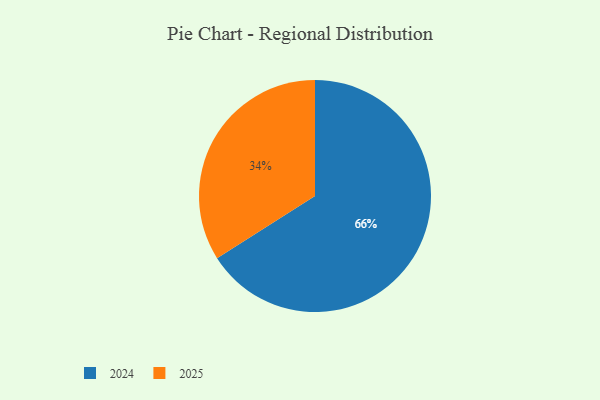
{"axis": {"x": "Category", "y": "Percentage"}, "legend": ["2024", "2025"], "data": [{"x": "2025", "y": 34, "type": "2025"}, {"x": "2024", "y": 66, "type": "2024"}]}